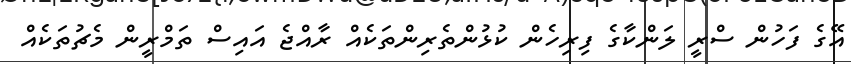
އޭގެ ފަހުން ސްރީ ލަންކާގެ ފިރިހެން ކުޅުންތެރިންތަކެެއް ރާއްޖެ އައިސް ތަމްރީން މެޗުތަކެއް